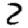
Digit: 2